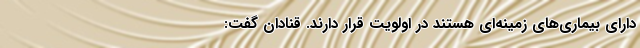
دارای بیماری‌های زمینه‌ای هستند در اولویت قرار دارند. قنادان گفت: